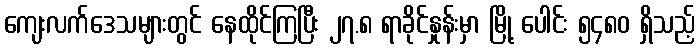
ကျေးလက်ဒေသများတွင် နေထိုင်ကြပြီး ၂၇.၈ ရာခိုင်နှုန်းမှာ မြို့ ပေါင်း ၅၄၈၀ ရှိသည့်